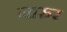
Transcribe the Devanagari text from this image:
नारुर